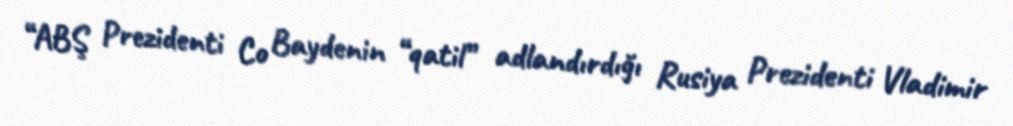
“ABŞ Prezidenti Co Baydenin “qatil” adlandırdığı Rusiya Prezidenti Vladimir